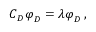
\boldsymbol C _ { D } \boldsymbol \varphi _ { D } = \lambda \boldsymbol \varphi _ { D } \, ,